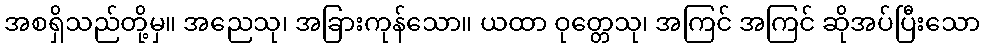
အစရှိသည်တို့မှ။ အညေသု၊ အခြားကုန်သော။ ယထာ ဝုတ္တေသု၊ အကြင် အကြင် ဆိုအပ်ပြီးသော